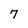
Character: 7